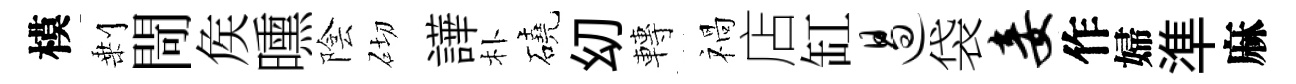
模剰閜矦曛陰砌譁朴磽㓜轉禍店缸遏袋妾作婦準麻